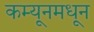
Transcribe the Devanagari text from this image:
कम्यूनमधून